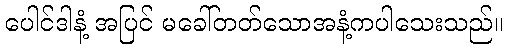
ပေါင်ဒါနံ့ အပြင် မခေါ်တတ်သောအနံ့ကပါသေးသည်။